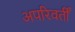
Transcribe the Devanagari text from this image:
अपरिवर्तीं